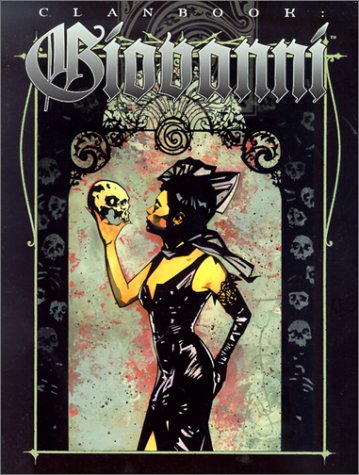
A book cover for Clanbook: Giovanni; Greg Stolze; Science Fiction & Fantasy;